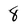
Character: 8